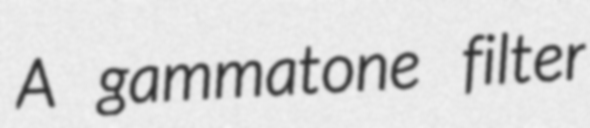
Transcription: A gammatone filter